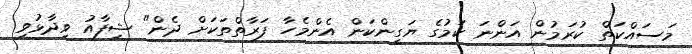
މަސައްކަތް ކުރަމުން އަންނަ ކަމުގެ ޔަގީންކަން އެންމެހާ ފަރާތްތަކަށް ދެން" ޝިފާއު ވިދާޅުވި